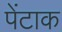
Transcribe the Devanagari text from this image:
पेंटाक